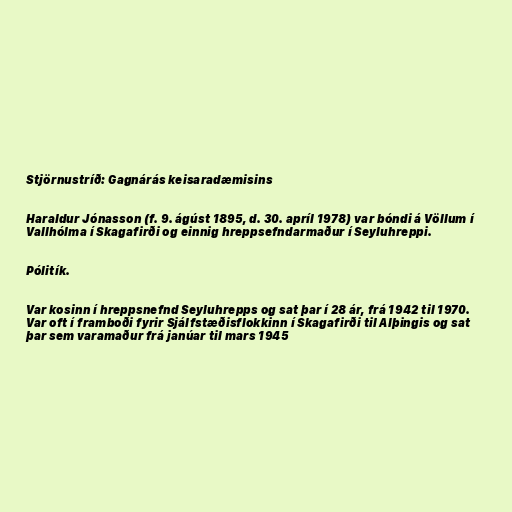
Stjörnustríð: Gagnárás keisaradæmisins

Haraldur Jónasson (f. 9. ágúst 1895, d. 30. apríl 1978) var bóndi á Völlum í
Vallhólma í Skagafirði og einnig hreppsefndarmaður í Seyluhreppi.

Pólitík.

Var kosinn í hreppsnefnd Seyluhrepps og sat þar í 28 ár, frá 1942 til 1970.
Var oft í framboði fyrir Sjálfstæðisflokkinn í Skagafirði til Alþingis og sat
þar sem varamaður frá janúar til mars 1945